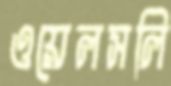
ওয়েলসলি